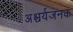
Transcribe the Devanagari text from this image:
अश्चर्यजनक